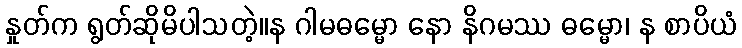
နှုတ်က ရွတ်ဆိုမိပါသတဲ့။န ဂါမဓမ္မော နော နိဂမဿ ဓမ္မော၊ န စာပိယံ